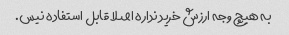
به هیچ وجه ارزش خرید نداره اصلا قابل استفاده نیس.